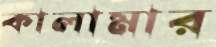
কালামার